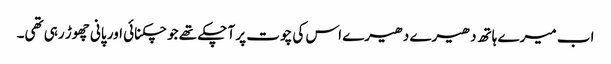
اب میرے ہاتھ دھیرے دھیرے اس کی چوت پر آ چکے تھے جو چکنائی اور پانی چھوڑ رہی تھی۔